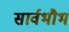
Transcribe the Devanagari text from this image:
सार्वभौभ